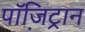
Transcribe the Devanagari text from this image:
पॉजि़ट्रान